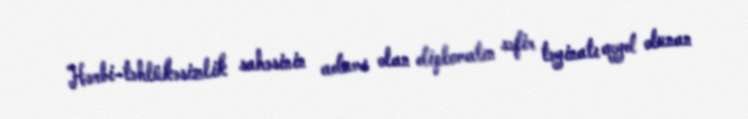
Hərbi-təhlükəsizlik sahəsinin adamı olan diplomatın səfir təyinatı qeyd olunan